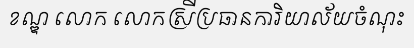
ខណ្ឌ លោក លោកស្រីប្រធានការិយាល័យចំណុះ